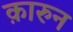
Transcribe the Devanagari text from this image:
क़ारुन